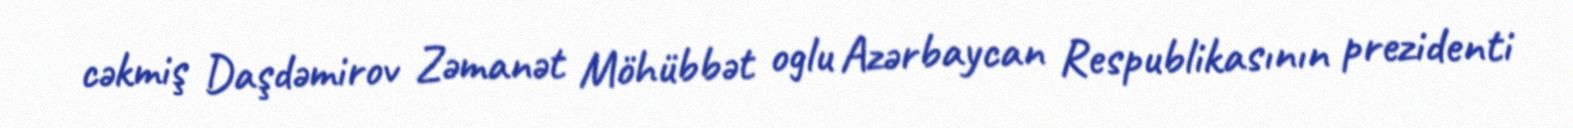
cəkmiş Daşdəmirov Zəmanət Möhübbət oglu Azərbaycan Respublikasının prezidenti